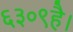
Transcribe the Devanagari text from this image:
६३०९है।